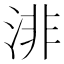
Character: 渄